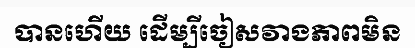
បានហើយ ដើម្បីចៀសវាងភាពមិន